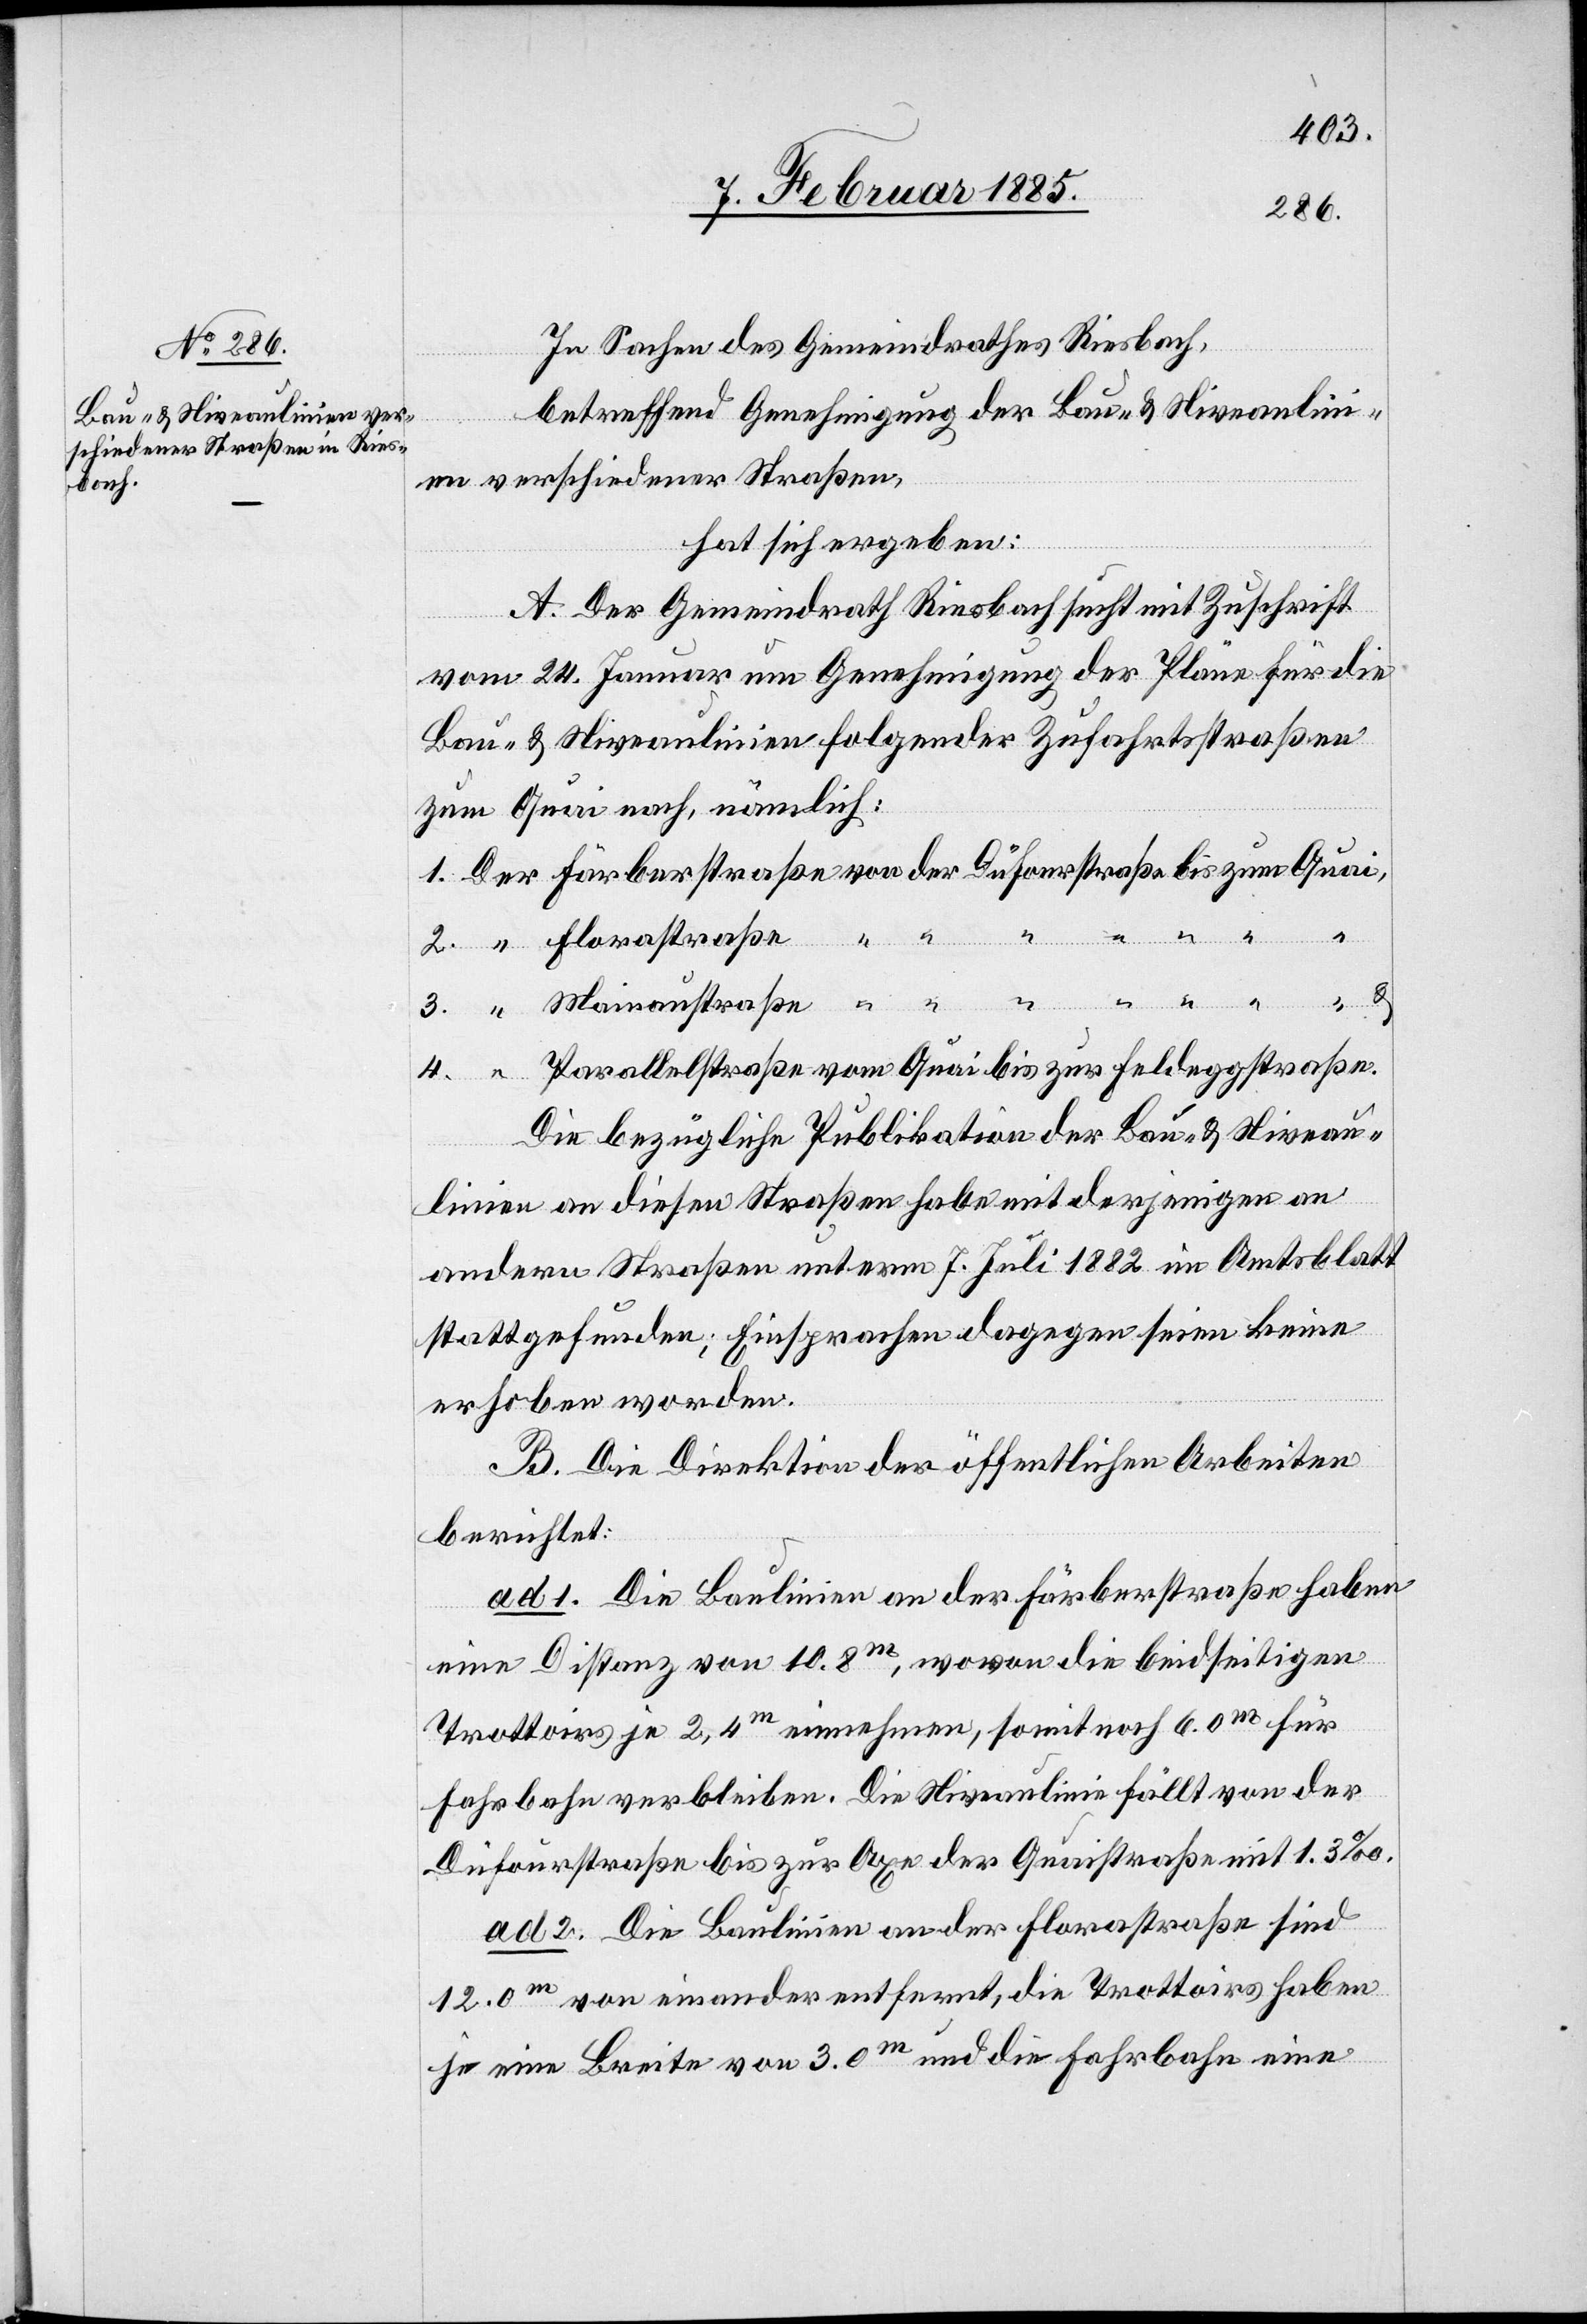
In Sachen des Gemeindrathes Riesbach,
betreffend Genehmigung der Bau- & Niveaulin¬
ien verschiedener Straßen,
hat sich ergeben:
A. Der Gemeindrath Riesbach sucht mit Zuschrift
vom 24. Januar um Genehmigung der Pläne für die
Bau- & Niveaulinien folgender Zufahrtsstraßen
zum Quai nach, nämlich:
Parallelstraße vom Quai bis zur Feldeggstraße.
Die bezügliche Publikation der Bau- & Niveau¬
linien an diesen Straßen habe mit derjenigen an
andern Straßen unterm 7. Juli 1882 im Amtsblatt
stattgefunden; Einsprachen dagegen seien keine
erhoben worden.
B. Die Direktion der öffentlichen Arbeiten
berichtet:
ad 1. Die Baulinien an der Färberstraße haben
eine Distanz von 10.8 m, wovon die beidseitigen
Trottoirs je 2,4 m einnehmen, somit noch 6.0 m für
Fahrbahn verbleiben. Die Niveaulinie fällt von der
Dufourstraße bis zur Axe der Quaistraße mit 1.3‰.
ad 2. Die Baulinien an der Florastraße sind
12.0 m von einander entfernt, die Trottoirs haben
je eine Breite von 3.0 m und die Fahrbahn eine